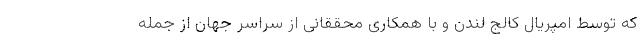
که توسط امپریال کالج لندن و با همکاری محققانی از سراسر جهان از جمله